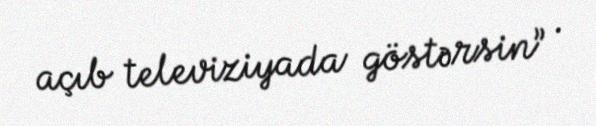
açıb televiziyada göstərsin” .